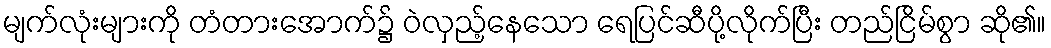
မျက်လုံးများကို တံတားအောက်၌ ဝဲလှည့်နေသော ရေပြင်ဆီပို့လိုက်ပြီး တည်ငြိမ်စွာ ဆို၏။